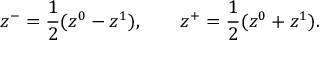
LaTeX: z ^ { - } = \frac { 1 } { 2 } ( z ^ { 0 } - z ^ { 1 } ) , \qquad z ^ { + } = \frac { 1 } { 2 } ( z ^ { 0 } + z ^ { 1 } ) .